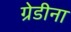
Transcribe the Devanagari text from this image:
ग्रेडीना